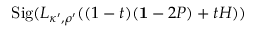
\mathrm { S i g } ( L _ { \kappa ^ { \prime } , \rho ^ { \prime } } ( ( 1 - t ) ( { \bf 1 } - 2 P ) + t H ) )